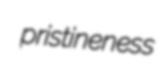
pristineness